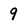
Character: 9